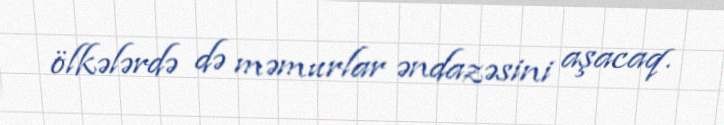
ölkələrdə də məmurlar əndazəsini aşacaq.